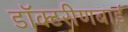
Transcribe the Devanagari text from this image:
डॉक्टरीणबाई